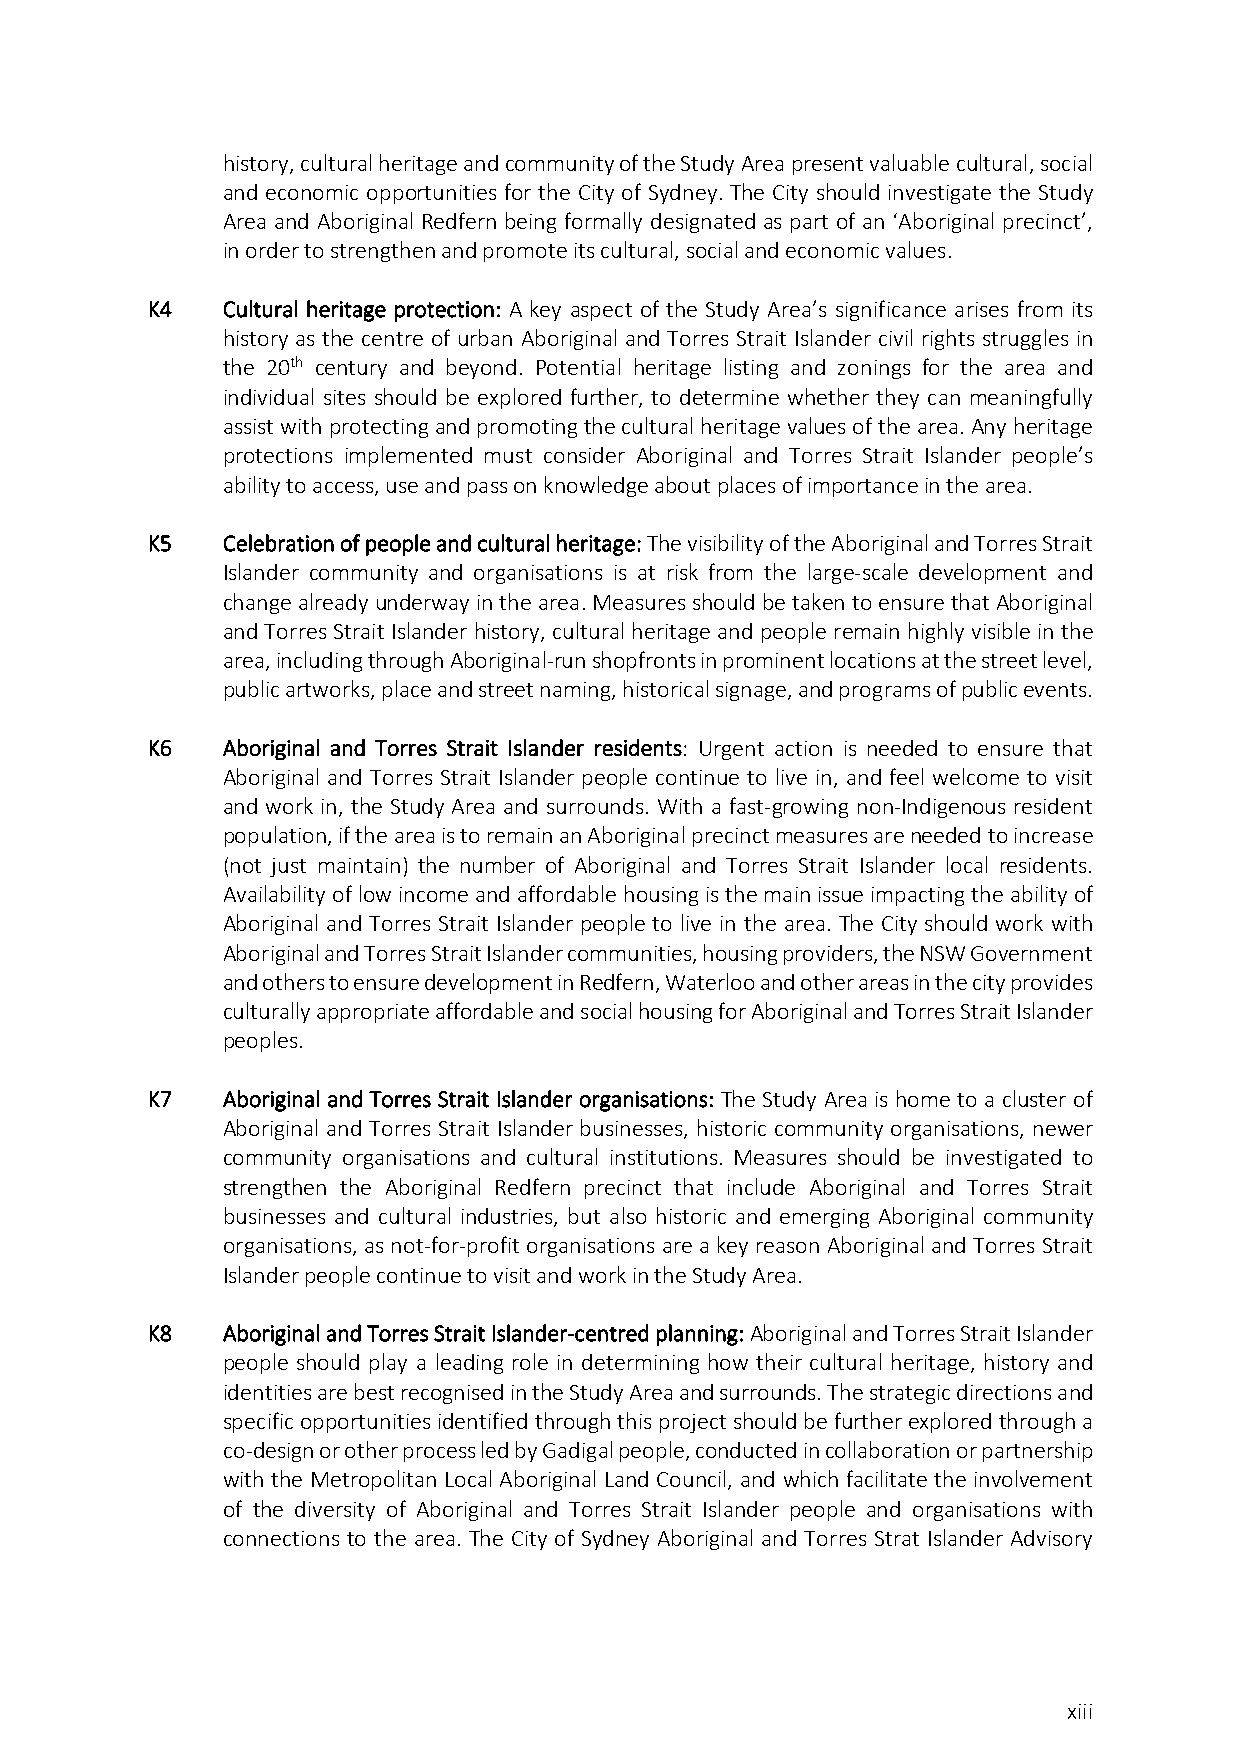
history, cultural heritage and community of the Study Area present valuable cultural, social
 and economic opportunities for the City of Sydney. The City should investigate the Study
 Area and Aboriginal Redfern being formally designated as part of an ‘Aboriginal precinct’,
 in order to strengthen and promote its cultural, social and economic values.
 K4   Cultural heritage protection: A key aspect of the Study Area’s significance arises from its
 history as the centre of urban Aboriginal and Torres Strait Islander civil rights struggles in
 the 20th century and beyond. Potential heritage listing and zonings for the area and
 individual sites should be explored further, to determine whether they can meaningfully
 assist with protecting and promoting the cultural heritage values of the area. Any heritage
 protections implemented must consider Aboriginal and Torres Strait Islander people’s
 ability to access, use and pass on knowledge about places of importance in the area.
 K5   Celebration of people and cultural heritage: The visibility of the Aboriginal and Torres Strait
 Islander community and organisations is at risk from the large-scale development and
 change already underway in the area. Measures should be taken to ensure that Aboriginal
 and Torres Strait Islander history, cultural heritage and people remain highly visible in the
 area, including through Aboriginal-run shopfronts in prominent locations at the street level,
 public artworks, place and street naming, historical signage, and programs of public events.
 K6   Aboriginal and Torres Strait Islander residents: Urgent action is needed to ensure that
 Aboriginal and Torres Strait Islander people continue to live in, and feel welcome to visit
 and work in, the Study Area and surrounds. With a fast-growing non-Indigenous resident
 population, if the area is to remain an Aboriginal precinct measures are needed to increase
 (not just maintain) the number of Aboriginal and Torres Strait Islander local residents.
 Availability of low income and affordable housing is the main issue impacting the ability of
 Aboriginal and Torres Strait Islander people to live in the area. The City should work with
 Aboriginal and Torres Strait Islander communities, housing providers, the NSW Government
 and others to ensure development in Redfern, Waterloo and other areas in the city provides
 culturally appropriate affordable and social housing for Aboriginal and Torres Strait Islander
 peoples.
 K7   Aboriginal and Torres Strait Islander organisations: The Study Area is home to a cluster of
 Aboriginal and Torres Strait Islander businesses, historic community organisations, newer
 community organisations and cultural institutions. Measures should be investigated to
 strengthen the Aboriginal Redfern precinct that include Aboriginal and Torres Strait
 businesses and cultural industries, but also historic and emerging Aboriginal community
 organisations, as not-for-profit organisations are a key reason Aboriginal and Torres Strait
 Islander people continue to visit and work in the Study Area.
 K8   Aboriginal and Torres Strait Islander-centred planning: Aboriginal and Torres Strait Islander
 people should play a leading role in determining how their cultural heritage, history and
 identities are best recognised in the Study Area and surrounds. The strategic directions and
 specific opportunities identified through this project should be further explored through a
 co-design or other process led by Gadigal people, conducted in collaboration or partnership
 with the Metropolitan Local Aboriginal Land Council, and which facilitate the involvement
 of the diversity of Aboriginal and Torres Strait Islander people and organisations with
 connections to the area. The City of Sydney Aboriginal and Torres Strat Islander Advisory
 xiii